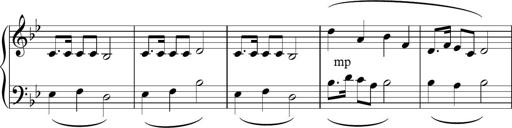
Title: Sonatina n.2
Composer: Tatiana Stankovych
Key: B-flat major